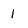
Character: 1